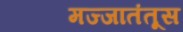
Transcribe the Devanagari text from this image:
मज्जातंतूस